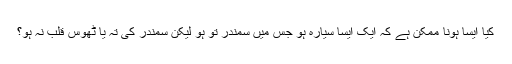
کیا ایسا ہونا ممکن ہے کہ ایک ایسا سیارہ ہو جس میں سمندر تو ہو لیکن سمندر کی تہ یا ٹھوس قلب نہ ہو؟